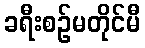
ခရီးစဉ်မတိုင်မီ